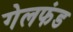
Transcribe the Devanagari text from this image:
गेलफंड